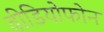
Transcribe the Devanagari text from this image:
वीडियोफोन